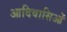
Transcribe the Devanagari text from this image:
आदिवासिओं